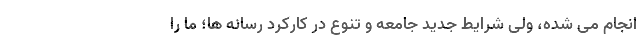
انجام می شده، ولی شرایط جدید جامعه و تنوع در کارکرد رسانه ها؛ ما را